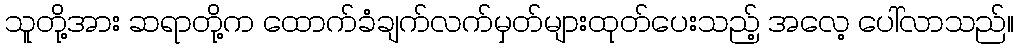
သူတို့အား ဆရာတို့က ထောက်ခံချက်လက်မှတ်များထုတ်ပေးသည့် အလေ့ ပေါ်လာသည်။